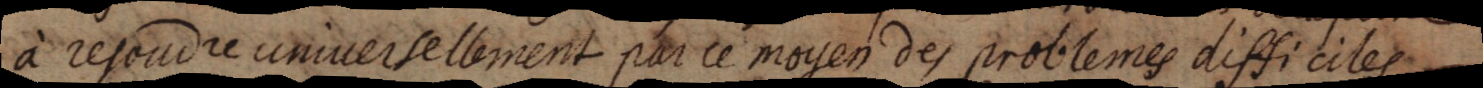
à resoudre universellement par ce moyen des problemes difficiles